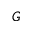
G